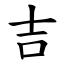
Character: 吉